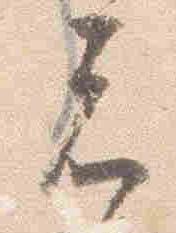
者